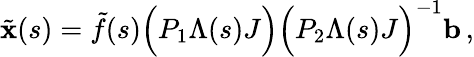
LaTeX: \tilde{\mathbf{x}}(s)=\tilde{f}(s)\Big(P_{1}\Lambda(s)J\Big)\Big(P_{2}\Lambda(s)J\Big)^{-1}\mathbf{b}\, ,